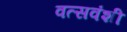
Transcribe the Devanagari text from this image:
वत्सवंशी